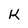
Character: K